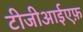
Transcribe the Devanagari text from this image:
टीजीआईएफ़